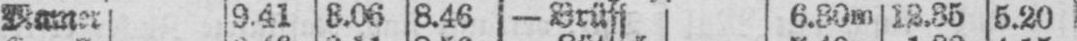
Mamer 9.41 3.06 8.46 - Brüss 6.30m 12.35 5.20